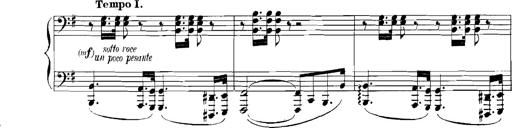
Title: Rhapsodies hongroises
Composer: Franz Liszt